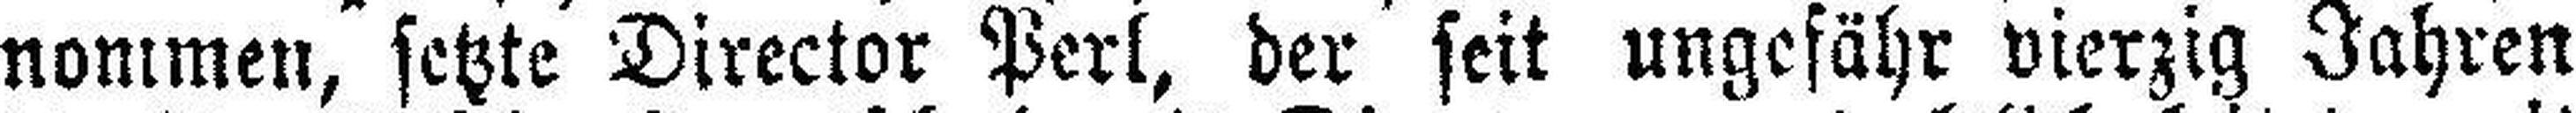
nommen, setzte Director Perl, der seit ungefähr vierzig Jahren